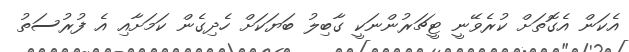
އެކަން އެގޮތަށް ކުރެވޭނީ ޓީޗަރުންނަކީ ގާބިލު ބަޔަކަށް ހެދިގެން ކަމަށާއި އެ ފުރުސަތު